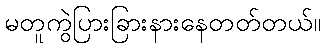
မတူကွဲပြားခြားနားနေတတ်တယ်။